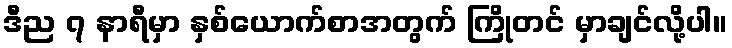
ဒီည ၇ နာရီမှာ နှစ်ယောက်စာအတွက် ကြိုတင် မှာချင်လို့ပါ။